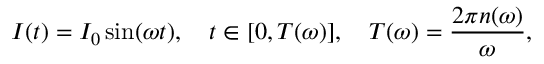
I ( t ) = I _ { 0 } \sin ( \omega t ) , \quad t \in [ 0 , T ( \omega ) ] , \quad T ( \omega ) = \frac { 2 \pi n ( \omega ) } { \omega } ,